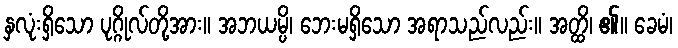
နှလုံးရှိသော ပုဂ္ဂိုလ်တို့အား။ အဘယမ္ပိ၊ ဘေးမရှိသော အရာသည်လည်း။ အတ္ထိ၊ ၏။ ခေမံ၊